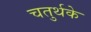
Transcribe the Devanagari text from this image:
चतुर्थके